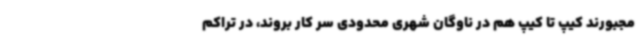
مجبورند کیپ تا کیپ هم در ناوگان شهری محدودی سر کار بروند، در تراکم